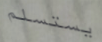
يستسلم